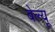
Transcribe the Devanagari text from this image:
बेल्यू